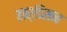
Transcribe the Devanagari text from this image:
हार्डिसन